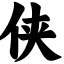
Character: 侠